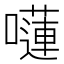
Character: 𡂴